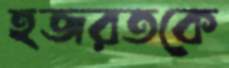
হজরতকে